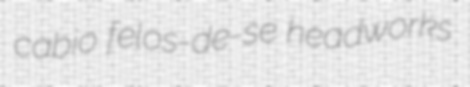
cabio felos-de-se headworks